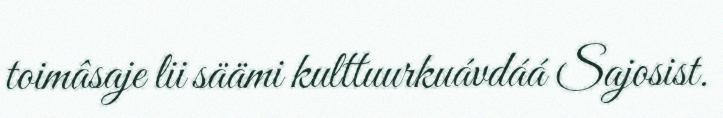
toimâsaje lii säämi kulttuurkuávdáá Sajosist.